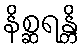
နိစ္ဆရန္တိ